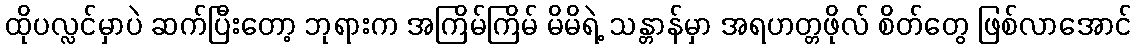
ထိုပလ္လင်မှာပဲ ဆက်ပြီးတော့ ဘုရားက အကြိမ်ကြိမ် မိမိရဲ့ သန္တာန်မှာ အရဟတ္တဖိုလ် စိတ်တွေ ဖြစ်လာအောင်